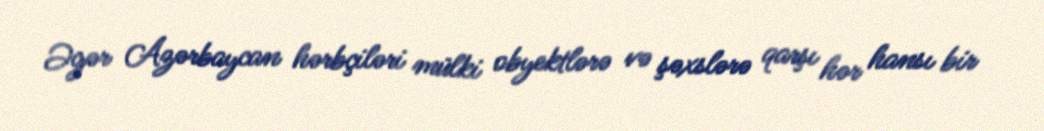
Əgər Azərbaycan hərbçiləri mülki obyektlərə və şəxslərə qarşı hər hansı bir